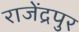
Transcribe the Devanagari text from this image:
राजेंद्रपुर